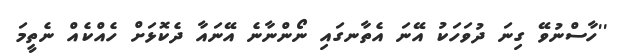
''ހާސްނުވޭ ގިނަ ދުވަހަކު އޭނަ އެތާނގައި ނޯންނާނެ އޭނައާ ދެކޮޅަށް ހެއްކެއް ނެތީމަ